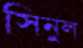
সিনুল